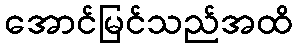
အောင်မြင်သည်အထိ